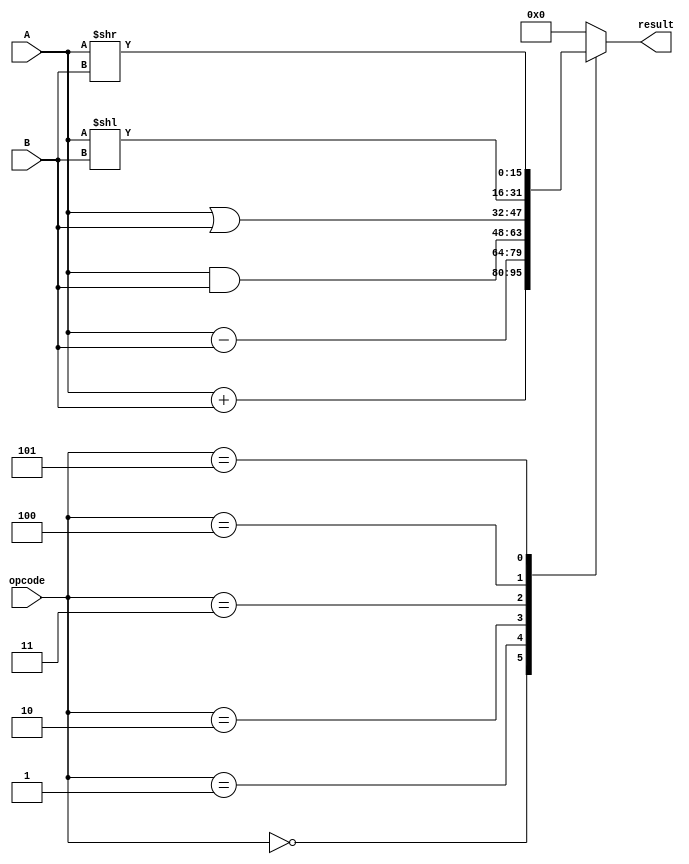
module ALU (
    input [15:0] A, B,
    input [3:0] opcode,
    output wire [15:0] result
);

reg [15:0] result_r;
assign result = result_r;

always @ (A, B, opcode) begin
    case (opcode)
        4'b0000: result_r <= A + B;       // 
        4'b0001: result_r <= A - B;       // 
        4'b0010: result_r <= A & B;       // 
        4'b0011: result_r <= A | B;       // 
        4'b0100: result_r <= A << B;      // 
        4'b0101: result_r <= A >> B;      // 
        default: result_r <= 16'b0;       // 0
    endcase
end

endmodule